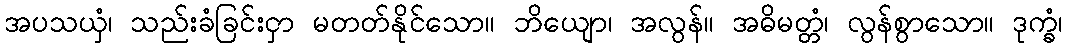
အပသယှံ၊ သည်းခံခြင်းငှာ မတတ်နိုင်သော။ ဘိယျော၊ အလွန်။ အဓိမတ္တံ၊ လွန်စွာသော။ ဒုက္ခံ၊